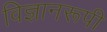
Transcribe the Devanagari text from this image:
विज्ञानरूपी